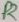
Text: R